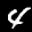
Label: 4